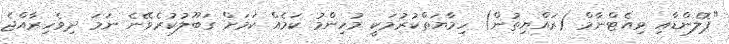
"ޕޮލެންޑާއި ވިއެޓްނާމް (ރައްޔިތުން) ހިމާޔަތްކުރުމަކީ މުހިންމު ކަމެއް ކަމަށް ގަބޫލުކުރެވޭނެ ނަމަ ދިވެހިރާއްޖެ